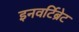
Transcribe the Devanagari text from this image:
इनवर्टिब्रेट